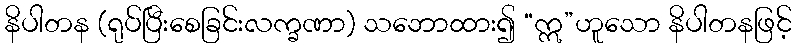
နိပါတန (ရုပ်ပြီးစေခြင်းလက္ခဏာ) သဘောထား၍ “ဣ”ဟူသော နိပါတနဖြင့်